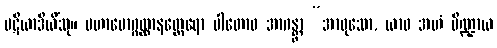
ပဋိယာဒိယိံသု။ မဟာမောဂ္ဂလ္လာနတ္ထေရော ပါတောဝ အာဂန္တွာ “အာဝုသော, ယာဝ အဟံ ပိဏ္ဍာယ